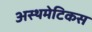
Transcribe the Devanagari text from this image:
अस्थमेटिकस